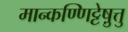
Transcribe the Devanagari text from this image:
मान्कण्णिट्टेषु़त्तु